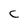
Character: c